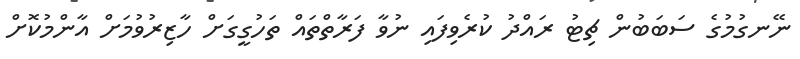
ނޭނގުމުގެ ސަބަބުން ޗިޓު ރައްދު ކުރެވިފައި ނުވާ ފަރާތްތައް ތަހުގީގަށް ހާޒިރުވުމަށް އާންމުކޮށް